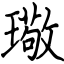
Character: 璥